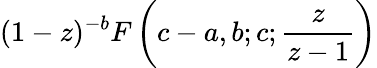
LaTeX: (1-z)^{-b}F\left(c-a,b;c;{\frac{z}{z-1}}\right)